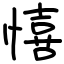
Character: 憘